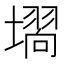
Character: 𭏵